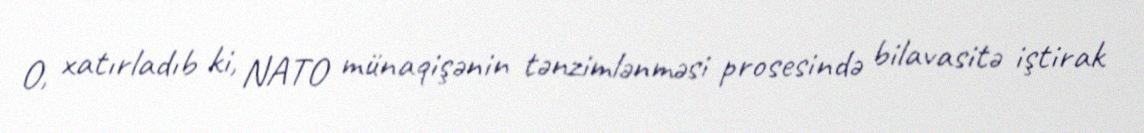
O, xatırladıb ki, NATO münaqişənin tənzimlənməsi prosesində bilavasitə iştirak